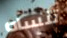
تنساه